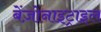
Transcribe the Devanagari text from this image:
बेंज़ोनाइट्राइल